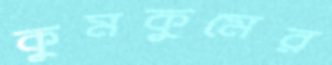
কুমকুমের